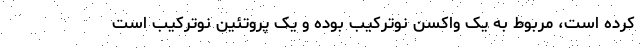
کرده است، مربوط به یک واکسن نوترکیب بوده و یک پروتئین نوترکیب است